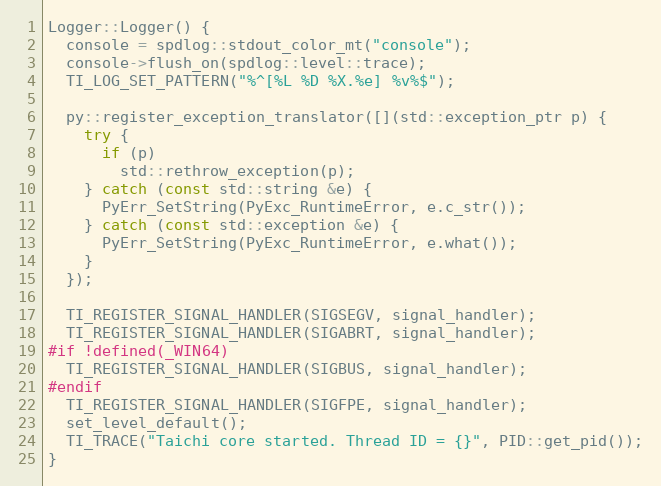
Language: C++
Logger::Logger() {
  console = spdlog::stdout_color_mt("console");
  console->flush_on(spdlog::level::trace);
  TI_LOG_SET_PATTERN("%^[%L %D %X.%e] %v%$");

  py::register_exception_translator([](std::exception_ptr p) {
    try {
      if (p)
        std::rethrow_exception(p);
    } catch (const std::string &e) {
      PyErr_SetString(PyExc_RuntimeError, e.c_str());
    } catch (const std::exception &e) {
      PyErr_SetString(PyExc_RuntimeError, e.what());
    }
  });

  TI_REGISTER_SIGNAL_HANDLER(SIGSEGV, signal_handler);
  TI_REGISTER_SIGNAL_HANDLER(SIGABRT, signal_handler);
#if !defined(_WIN64)
  TI_REGISTER_SIGNAL_HANDLER(SIGBUS, signal_handler);
#endif
  TI_REGISTER_SIGNAL_HANDLER(SIGFPE, signal_handler);
  set_level_default();
  TI_TRACE("Taichi core started. Thread ID = {}", PID::get_pid());
}